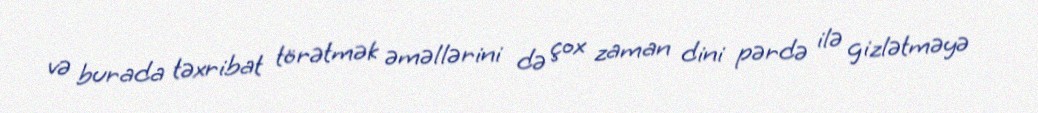
və burada təxribat törətmək əməllərini də çox zaman dini pərdə ilə gizlətməyə